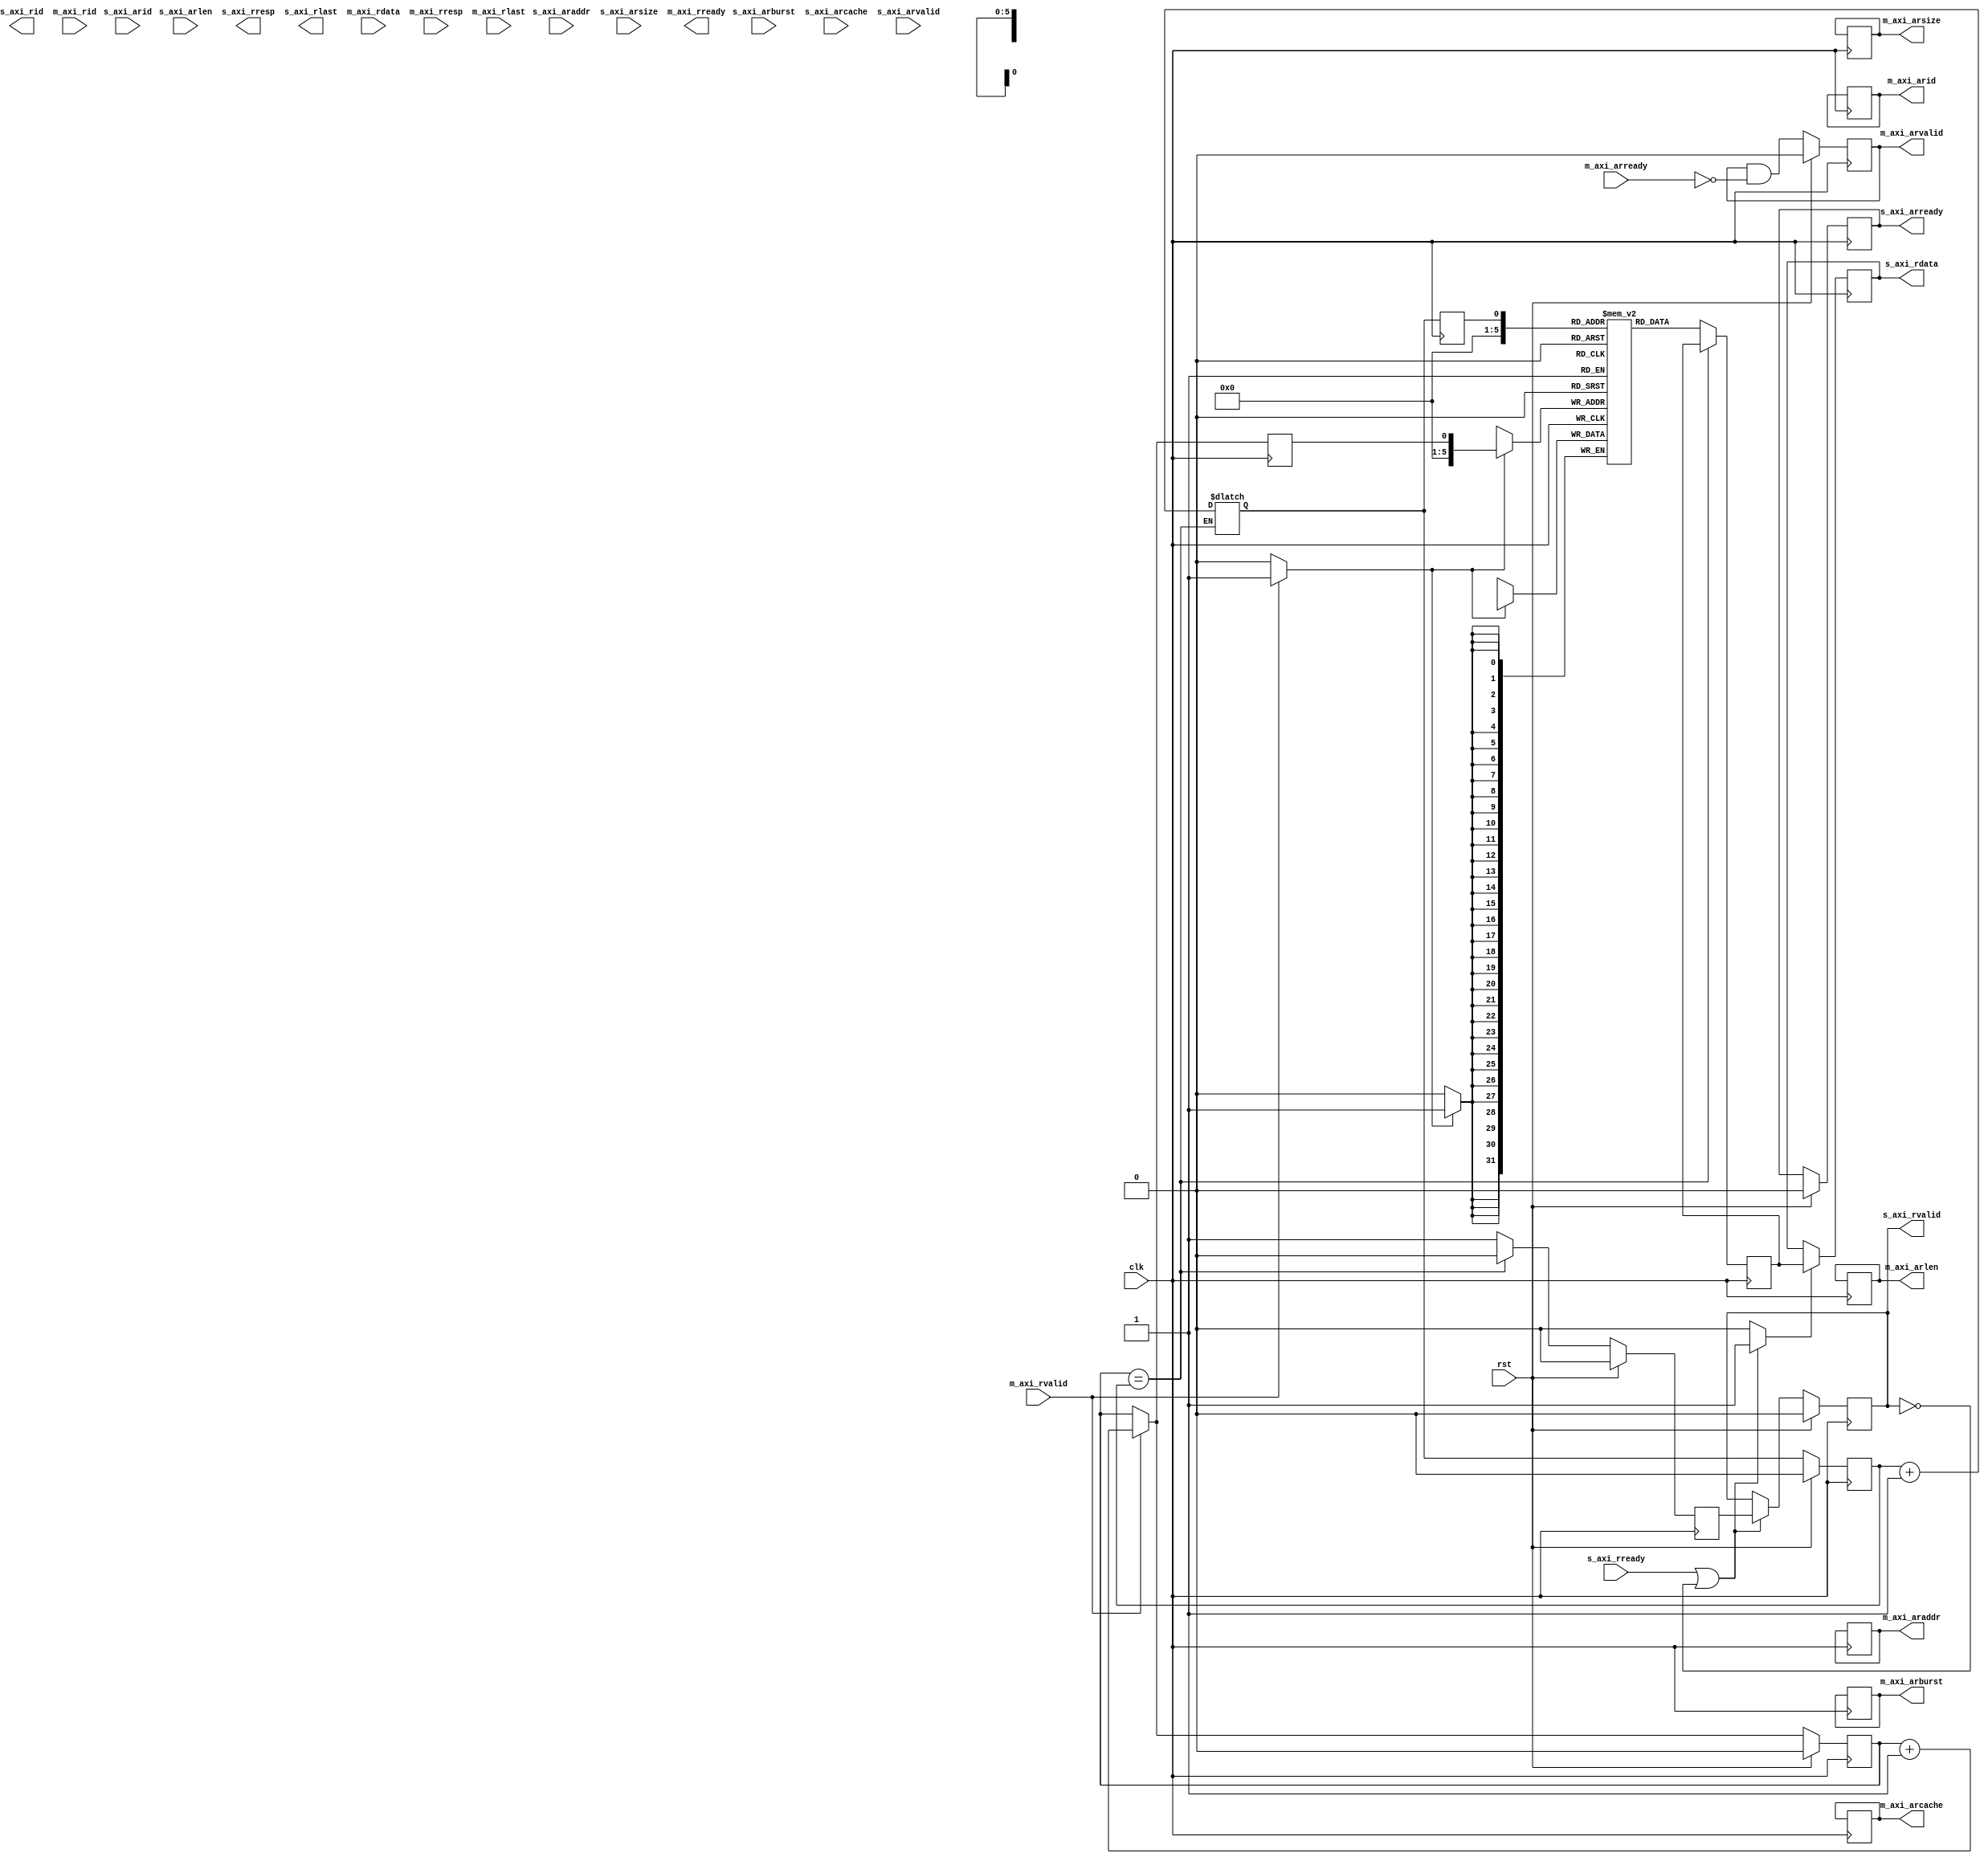
module axi_fifo_rd    (input clk,
			  	input rst,
			  	input [7:0] s_axi_arid,
				input [31:0] s_axi_araddr,
				input [7:0] s_axi_arlen,
				input [2:0] s_axi_arsize,
				input [1:0] s_axi_arburst,
				input [3:0] s_axi_arcache,
				input s_axi_arvalid,
				output wire s_axi_arready,
				output wire [7:0] s_axi_rid,
    				output wire [31:0] s_axi_rdata,
    				output wire [1:0] s_axi_rresp,
    				output wire  s_axi_rlast,
    				output wire  s_axi_rvalid,
    				input  wire  s_axi_rready,
	
				//master interface
 				output [7:0] m_axi_arid,
				output [31:0] m_axi_araddr,
				output [7:0] m_axi_arlen,
				output [2:0] m_axi_arsize,
				output [1:0] m_axi_arburst,
				output [3:0] m_axi_arcache,
				output m_axi_arvalid,
				input wire m_axi_arready,
				input wire [7:0] m_axi_rid,
    				input wire [31:0] m_axi_rdata,
    				input wire [1:0] m_axi_rresp,
    				input wire  m_axi_rlast,
    				input wire  m_axi_rvalid,
    				output  wire  m_axi_rready);

parameter FIFO_ADDR_WIDTH = 32;
parameter FIFO_DEPTH=32;

reg [FIFO_ADDR_WIDTH:0] wr_ptr_reg = {FIFO_ADDR_WIDTH+1{1'b0}}; reg wr_ptr_next;
reg [FIFO_ADDR_WIDTH:0] wr_addr_reg = {FIFO_ADDR_WIDTH+1{1'b0}};
reg [FIFO_ADDR_WIDTH:0] rd_ptr_reg = {FIFO_ADDR_WIDTH+1{1'b0}}; reg rd_ptr_next;
reg [FIFO_ADDR_WIDTH:0] rd_addr_reg = {FIFO_ADDR_WIDTH+1{1'b0}};

reg mem_read_data_valid_reg = 1'b0;
reg mem_read_data_valid_next;
reg [31:0] mem[63:0];
reg [31:0] mem_read_data_reg;


wire [43:0] m_axi_read;

reg [31:0] s_axi_read_reg;
reg s_axi_rvalid_reg = 1'b0, s_axi_rvalid_next;

//full condition
wire full= ((wr_ptr_reg[FIFO_ADDR_WIDTH]!= rd_ptr_reg[FIFO_ADDR_WIDTH]) &&
             (wr_ptr_reg[31:0] == rd_ptr_reg[31:0]));

wire empty = wr_ptr_reg[31:0]  == rd_ptr_reg[31:0] ;

reg read;
reg write;
reg out;

generate  //generate valid addr for entire burst

if (32) begin //delay
//store read address channel until enough space to store read data //burst in FIFO 

    parameter COUNT_WIDTH = 9;

    reg [8:0] count_reg = 0;
    reg [8:0] count_next;

    reg [7:0] m_axi_arid_reg = 8'b0 ;
    reg [7:0] m_axi_arid_next;
    reg [31:0] m_axi_araddr_reg = 32'b0;
    reg [31:0] m_axi_araddr_next;
    reg [7:0]  m_axi_arlen_reg = 8'd0;
    reg [7:0]  m_axi_arlen_next;
    reg [2:0] m_axi_arsize_reg = 3'd0;
    reg [2:0] m_axi_arsize_next;
    reg [1:0] m_axi_arburst_reg = 2'd0;
    reg [1:0] m_axi_arburst_next;
    reg [3:0] m_axi_arcache_reg = 4'd0;
    reg [3:0] m_axi_arcache_next;
    reg m_axi_arvalid_reg = 1'b0;
    reg m_axi_arvalid_next;

    reg s_axi_arready_reg = 1'b0;
    reg s_axi_arready_next;

    assign m_axi_arid = m_axi_arid_reg; //reg val assigned to rid
    assign m_axi_araddr = m_axi_araddr_reg;
    assign m_axi_arlen = m_axi_arlen_reg;
    assign m_axi_arsize = m_axi_arsize_reg;
    assign m_axi_arburst = m_axi_arburst_reg;
    assign m_axi_arcache = m_axi_arcache_reg;
    assign m_axi_arvalid = m_axi_arvalid_reg;

    assign s_axi_arready = s_axi_arready_reg;

    always @(*) begin

        count_next = count_reg;

        m_axi_arid_next = m_axi_arid_reg;
        m_axi_araddr_next = m_axi_araddr_reg;
        m_axi_arlen_next = m_axi_arlen_reg;
        m_axi_arsize_next = m_axi_arsize_reg;
        m_axi_arburst_next = m_axi_arburst_reg;
        m_axi_arcache_next = m_axi_arcache_reg;
        m_axi_arvalid_next = m_axi_arvalid_reg && !m_axi_arready;
        s_axi_arready_next = s_axi_arready_reg;


    end

    always @(posedge clk) begin
        if (rst) begin
            m_axi_arvalid_reg <= 1'b0;
            s_axi_arready_reg <= 1'b0;
        end else begin
            m_axi_arvalid_reg <= m_axi_arvalid_next;
            s_axi_arready_reg <= s_axi_arready_next;
        end

        count_reg <= count_next;

        m_axi_arid_reg <= m_axi_arid_next;
        m_axi_araddr_reg <= m_axi_araddr_next;
        m_axi_arlen_reg <= m_axi_arlen_next;
        m_axi_arsize_reg <= m_axi_arsize_next;
        m_axi_arburst_reg <= m_axi_arburst_next;
        m_axi_arcache_reg <= m_axi_arcache_next;
    end
end
 else begin
    // pass read addr channel
    assign m_axi_arid = s_axi_arid;
    assign m_axi_araddr = s_axi_araddr;
    assign m_axi_arlen = s_axi_arlen;
    assign m_axi_arsize = s_axi_arsize;
    assign m_axi_arburst = s_axi_arburst;
    assign m_axi_arcache = s_axi_arcache;
    assign m_axi_arvalid = s_axi_arvalid;
    assign s_axi_arready = m_axi_arready;
end

endgenerate

assign s_axi_rvalid = s_axi_rvalid_reg;
assign s_axi_rdata = s_axi_read_reg[31:0];  //data store



// Write 
always @(*) begin
    write = 1'b0;

    wr_ptr_next = wr_ptr_reg;

    if (m_axi_rvalid) begin       // input data valid
        if (!full) begin
            // not full, perform write
            write = 1'b1;
            wr_ptr_next = wr_ptr_reg + 1;
        end
    end
end

always @(posedge clk) begin
    if (rst) begin
        wr_ptr_reg <= {FIFO_ADDR_WIDTH+1{1'b0}};
    end else begin
        wr_ptr_reg <= wr_ptr_next;
    end

    wr_addr_reg <= wr_ptr_next;

    if (write) begin
        mem[wr_addr_reg[31:0]] <= m_axi_read;
    end
end

// Read 
always @(*) begin
    read = 1'b0;  //initial

    //rd_ptr_next = rd_ptr_reg;

    mem_read_data_valid_next = mem_read_data_valid_reg;

        if (!empty) begin           // not empty, then read
            read = 1'b1;
            mem_read_data_valid_next = 1'b1;
            rd_ptr_next = rd_ptr_reg + 1;
        end else begin              // empty, invalidate
            mem_read_data_valid_next = 1'b0;
        end
    end

always @(posedge clk) begin
    if (rst) begin
        rd_ptr_reg <= {FIFO_ADDR_WIDTH+1{1'b0}};
        mem_read_data_valid_reg <= 1'b0;
    end else begin
        rd_ptr_reg <= rd_ptr_next;   //next val stored in reg
        mem_read_data_valid_reg <= mem_read_data_valid_next;
    end

    rd_addr_reg <= rd_ptr_next;

    if (read) begin
		mem_read_data_reg <= mem[rd_addr_reg[31:0]];
       end
end


// Output register
always @(*) begin
    out= 1'b0;

    s_axi_rvalid_next = s_axi_rvalid_reg;

    if (s_axi_rready || !s_axi_rvalid) begin
        out= 1'b1;
        s_axi_rvalid_next = mem_read_data_valid_reg;
    end
end

always @(posedge clk) begin
    if (rst) 
        s_axi_rvalid_reg <= 1'b0;
else begin
        s_axi_rvalid_reg <= s_axi_rvalid_next;
    end

    if (out) begin
        s_axi_read_reg <= mem_read_data_reg;
    end
end

endmodule